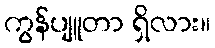
ကွန်ပျူတာ ရှိလား။